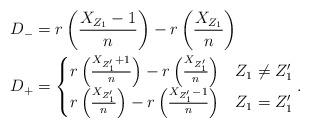
LaTeX: \begin{align*} D_- &= r\left(\frac{X_{Z_1}-1}{n}\right) - r\left(\frac{X_{Z_1}}{n}\right)\\ D_+ &= \begin{cases} r\left(\frac{X_{Z_1'}+1}{n}\right) - r\left(\frac{X_{Z_1'}}{n}\right)&Z_1\neq Z_1'\\ r\left(\frac{X_{Z_1'}}{n}\right) - r\left(\frac{X_{Z_1'}-1}{n}\right)&Z_1= Z_1' \end{cases}. \end{align*}